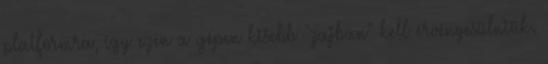
platformra, így ezen a gépen kisebb "zajban" kell érvényesülniük.